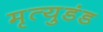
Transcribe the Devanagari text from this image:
मृत्युडंड